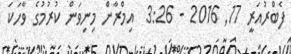
ފެބްރުއަރީ 17